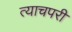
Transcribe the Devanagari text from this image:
त्याचपरी